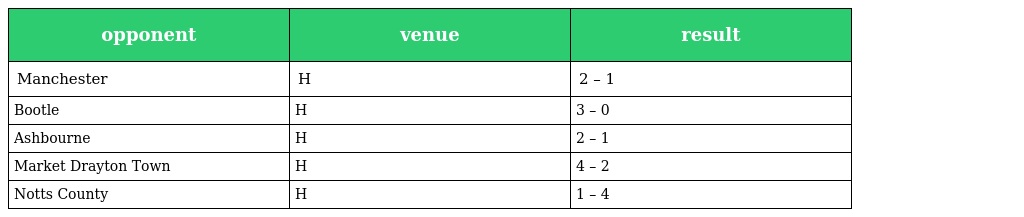
| opponent | venue | result |
 | --- | --- | --- |
 | Manchester | H | 2 – 1 |
 | Bootle | H | 3 – 0 |
 | Ashbourne | H | 2 – 1 |
 | Market Drayton Town | H | 4 – 2 |
 | Notts County | H | 1 – 4 |